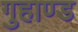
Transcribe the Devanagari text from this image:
गुहाण्ड